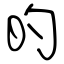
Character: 旳